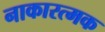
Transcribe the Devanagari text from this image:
नाकारत्मक